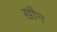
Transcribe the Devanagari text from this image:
खौन